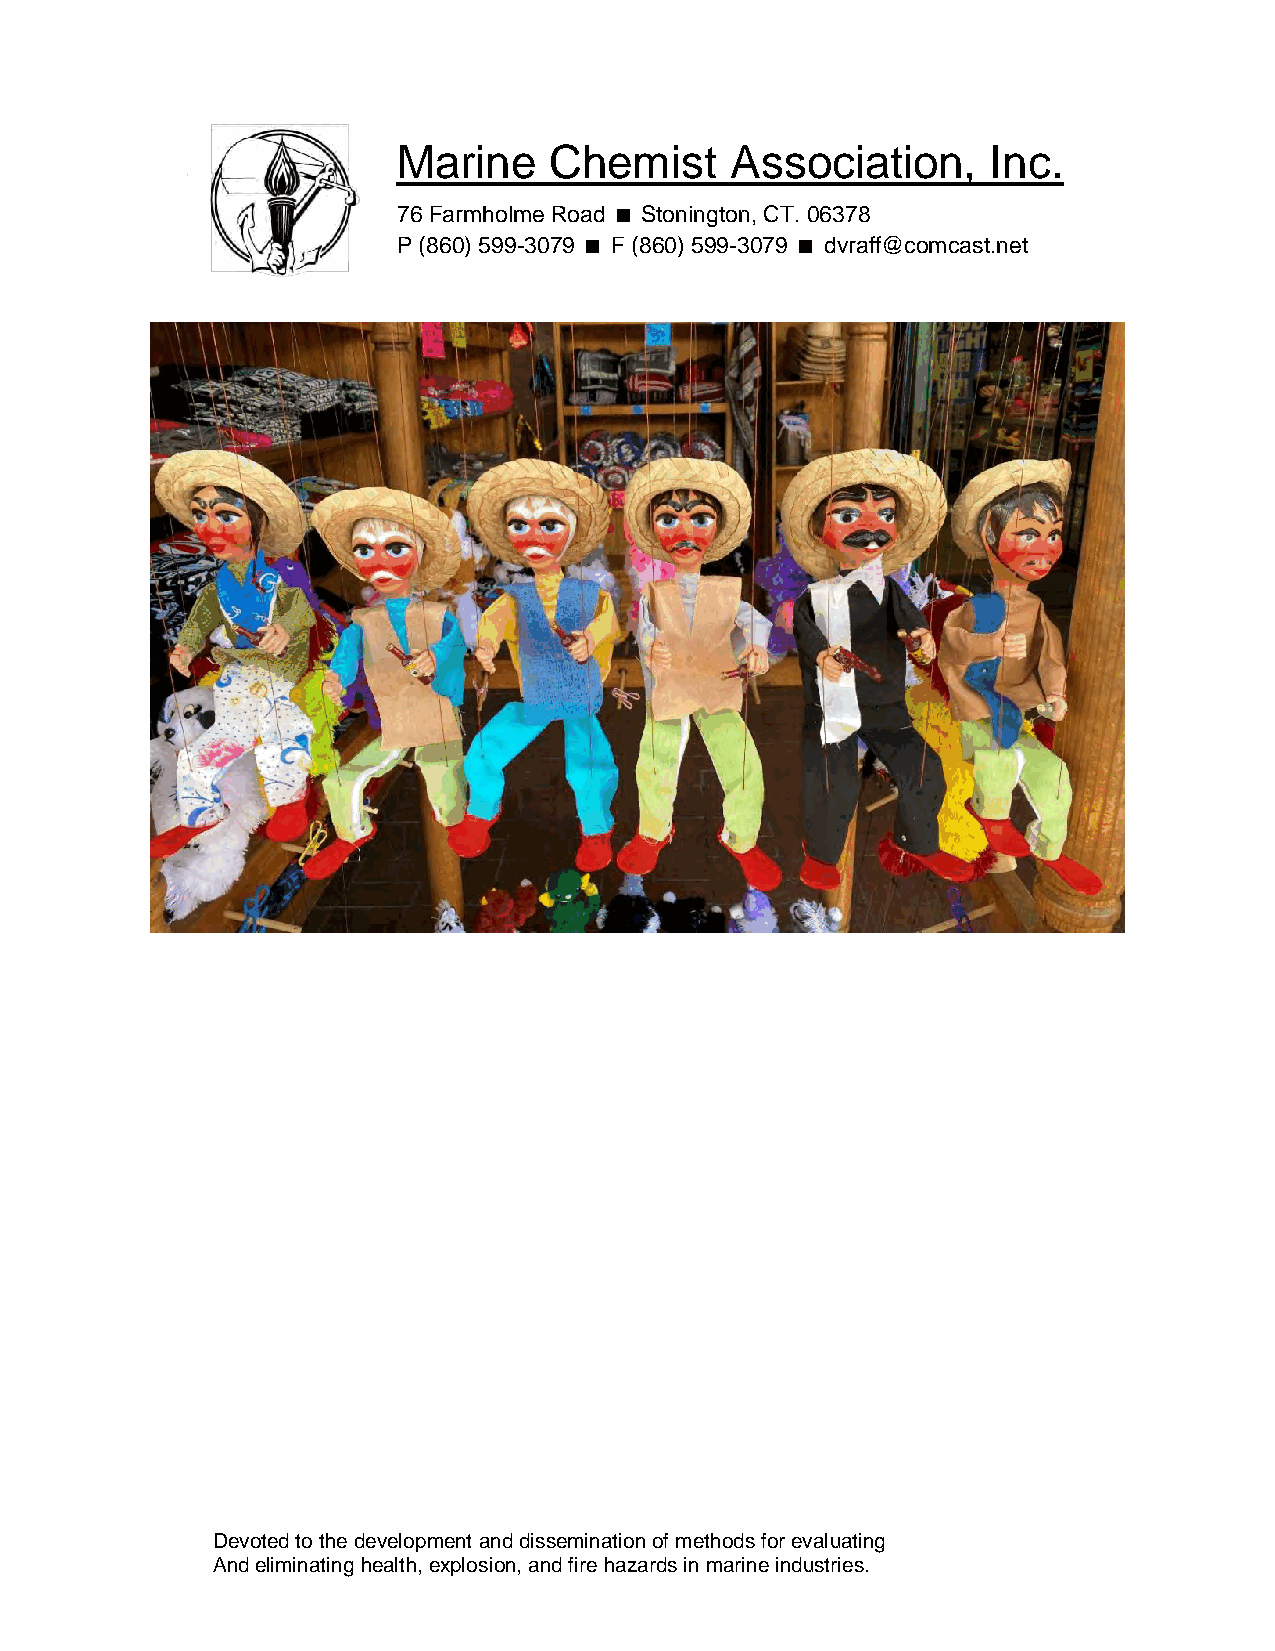
Marine    Chemist     Association,      Inc.
 76 Farmholme Road Stonington, CT. 06378
 P (860) 599-3079 F (860) 599-3079 dvraff@comcast.net
 Devoted to the development and dissemination of methods for evaluating
 And eliminating health, explosion, and fire hazards in marine industries.